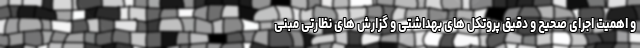
و اهمیت اجرای صحیح و دقیق پروتکل های بهداشتی و گزارش های نظارتی مبنی